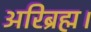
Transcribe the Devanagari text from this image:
अरिब्रह्म।